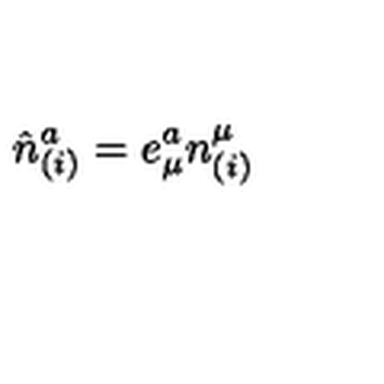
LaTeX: { \hat { n } } _ { ( i ) } ^ { a } = e _ { \mu } ^ { a } n _ { ( i ) } ^ { \mu }